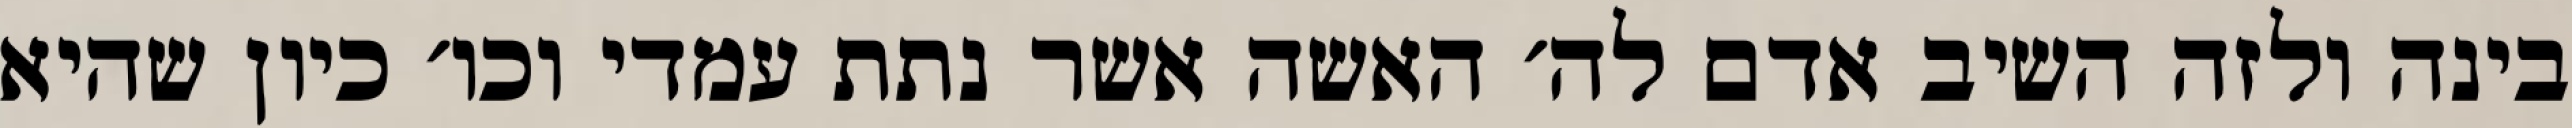
בינה ולזה השיב אדם לה׳ האשה אשר נתת עמדי וכו׳ כיון שהיא